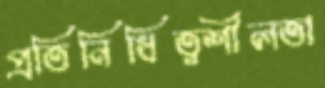
প্রতিনিধিত্বশীলতা